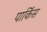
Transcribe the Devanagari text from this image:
पार्किंस